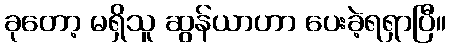
ခုတော့ မရှိသူ ဆွန်ယာဟာ ပေးခဲ့ရရှာပြီ။